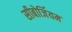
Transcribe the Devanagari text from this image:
सीबोर्जियम